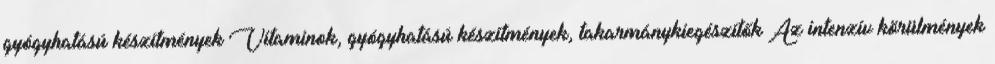
gyógyhatású készítmények Vitaminok, gyógyhatású készítmények, takarmánykiegészítők Az intenzív körülmények